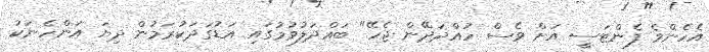
އެހެންވެ ފެންޓަސީ އަށް ވެސް ހުއްދަދޭން ޖެހޭ" ބައްދަލުވުމުގައި އަޑުގަދަކުރަމުން ދިޔަ އަންހެނަކު